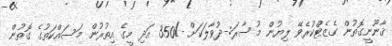
ޤާނޫނީގޮތުން ގެޒެޓްކުރެވޭ ލިޔުން މުސާރަ:-ދުވާލަކަށް -/350 އަދި މީގެ އިތުރުން މަސައްކަތުގެ ގޮތުން